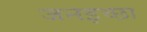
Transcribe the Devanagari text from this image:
जनइच्छा